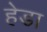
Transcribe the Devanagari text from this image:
हेडा